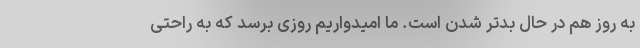
به روز هم در حال بدتر شدن است. ما امیدواریم روزی برسد که به راحتی